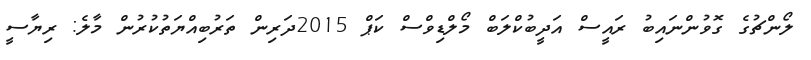
ލޯންޗުގެ ގޮވުންނައިބު ރައީސް އަދީބުކްލަބް މޯލްޑިވްސް ކަޕް 2015ދަރިން ތަރުބިއްޔަތުކުރުން މާލެ: ރިޔާސީ